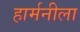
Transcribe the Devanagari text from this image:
हार्मनीला